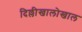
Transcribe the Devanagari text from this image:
दिल्लीखालोखाल